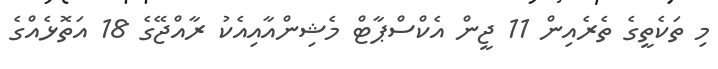
މި ތަކެތީގެ ތެރެއިން 11 ޖީން އެކްސްޕާޓް މެޝިންއާއިއެކު ރާއްޖޭގެ 18 އަތޮޅެއްގެ